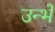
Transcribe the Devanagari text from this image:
उन्भें